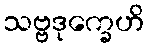
သဗ္ဗဒုက္ခေဟိ